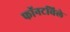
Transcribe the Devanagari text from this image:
फॉनटविले